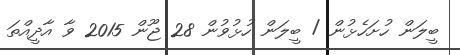
ބީލަން ހުށަހެޅުން / ބީލަން ހުޅުވުން 28 ޖޫން 2015 ވާ އާދީއްތަ